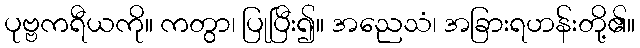
ပုဗ္ဗကရီယကို။ ကတွာ၊ ပြုပြီး၍။ အညေသံ၊ အခြားရဟန်းတို့၏။